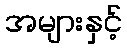
အများနှင့်